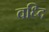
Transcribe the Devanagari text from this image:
वध्दि